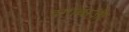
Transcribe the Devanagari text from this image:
दग़ाबाज़ी